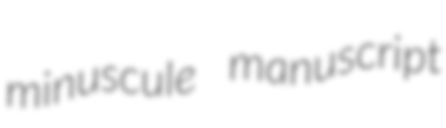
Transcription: minuscule manuscript